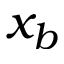
x _ { b }